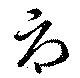
辱